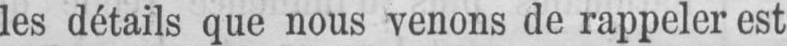
les détails que nous venons de rappeler est